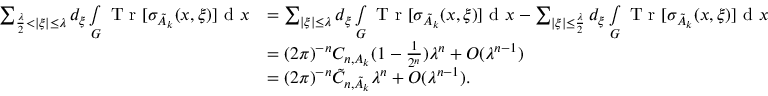
\begin{array} { r l } { \sum _ { \frac { \lambda } { 2 } < | \xi | \leq \lambda } d _ { \xi } \smallint _ { G } \textnormal { T r } [ \sigma _ { \tilde { A } _ { k } } ( x , \xi ) ] \textnormal { d } x } & { = \sum _ { | \xi | \leq \lambda } d _ { \xi } \smallint _ { G } \textnormal { T r } [ \sigma _ { \tilde { A } _ { k } } ( x , \xi ) ] \textnormal { d } x - \sum _ { | \xi | \leq \frac { \lambda } { 2 } } d _ { \xi } \smallint _ { G } \textnormal { T r } [ \sigma _ { \tilde { A } _ { k } } ( x , \xi ) ] \textnormal { d } x } \\ & { = ( 2 \pi ) ^ { - n } C _ { n , A _ { k } } ( 1 - \frac { 1 } { 2 ^ { n } } ) \lambda ^ { n } + O ( \lambda ^ { n - 1 } ) } \\ & { = ( 2 \pi ) ^ { - n } \tilde { C } _ { n , \tilde { A } _ { k } } \lambda ^ { n } + O ( \lambda ^ { n - 1 } ) . } \end{array}